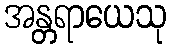
အန္တရာယေသု